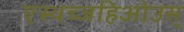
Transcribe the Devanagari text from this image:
एस्थच्जहिओउस्